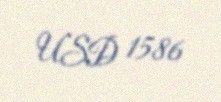
USD 1586